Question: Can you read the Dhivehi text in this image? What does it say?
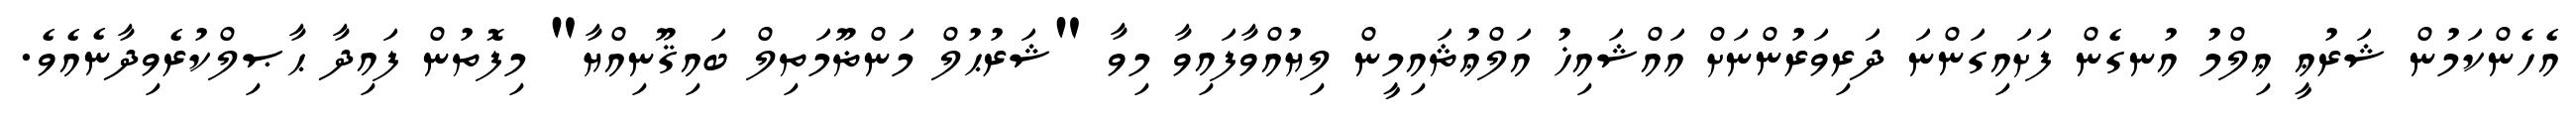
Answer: އެހެންކަމުން ޝަރުޢީ ޢިލްމު އުނގެން ފަށައިގަންނަ ދަރިވަރުންނަށް އައްޝައިޚު އަލްޢުޘައިމީން ލިޔުއްވާފައިވާ މިވާ "ޝަރުޙުލް މަންޡޫމަތިލް ބައިޤޫނިއްޔާ" މިފޮތުން ފައިދާ ޙާޞިލްކުރެވިދާނެއެވެ.